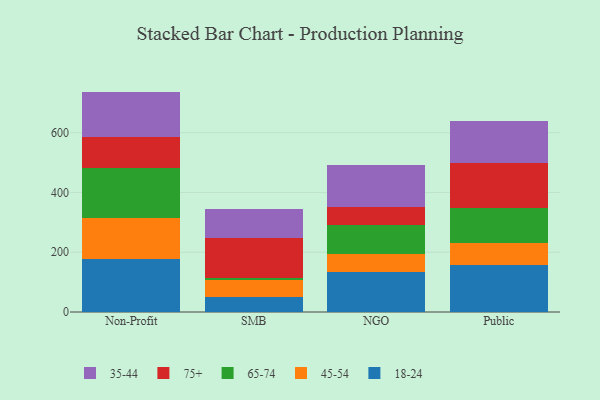
{"axis": {"x": "Segment", "y": "Net Income (USD K)"}, "legend": ["18-24", "35-44", "45-54", "65-74", "75+"], "data": [{"x": "Non-Profit", "y": 176.6, "type": "18-24"}, {"x": "Non-Profit", "y": 138.3, "type": "45-54"}, {"x": "Non-Profit", "y": 167.3, "type": "65-74"}, {"x": "Non-Profit", "y": 103.6, "type": "75+"}, {"x": "Non-Profit", "y": 151.8, "type": "35-44"}, {"x": "SMB", "y": 49.5, "type": "18-24"}, {"x": "SMB", "y": 57.2, "type": "45-54"}, {"x": "SMB", "y": 6.2, "type": "65-74"}, {"x": "SMB", "y": 134.6, "type": "75+"}, {"x": "SMB", "y": 95.6, "type": "35-44"}, {"x": "NGO", "y": 135.5, "type": "18-24"}, {"x": "NGO", "y": 59.1, "type": "45-54"}, {"x": "NGO", "y": 98.0, "type": "65-74"}, {"x": "NGO", "y": 59.8, "type": "75+"}, {"x": "NGO", "y": 139.9, "type": "35-44"}, {"x": "Public", "y": 158.5, "type": "18-24"}, {"x": "Public", "y": 71.6, "type": "45-54"}, {"x": "Public", "y": 118.2, "type": "65-74"}, {"x": "Public", "y": 149.7, "type": "75+"}, {"x": "Public", "y": 140.8, "type": "35-44"}]}